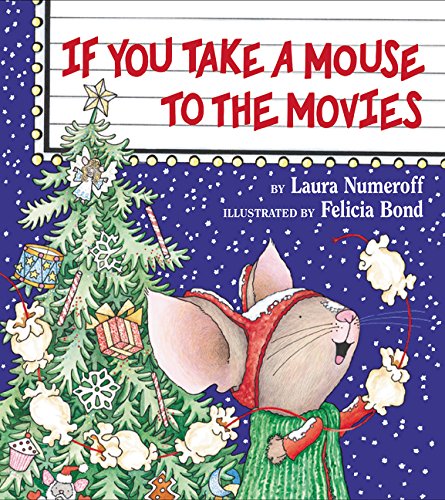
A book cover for If You Take a Mouse to the Movies; Laura Numeroff; Children's Books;